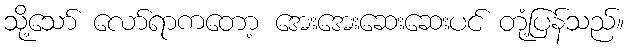
သို့သော် လော်ရာကတော့ အေးအေးဆေးဆေးပင် တုံ့ပြန်သည်။